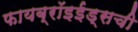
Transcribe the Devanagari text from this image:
फायब्रॉइईड्‌सची